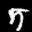
Label: 5